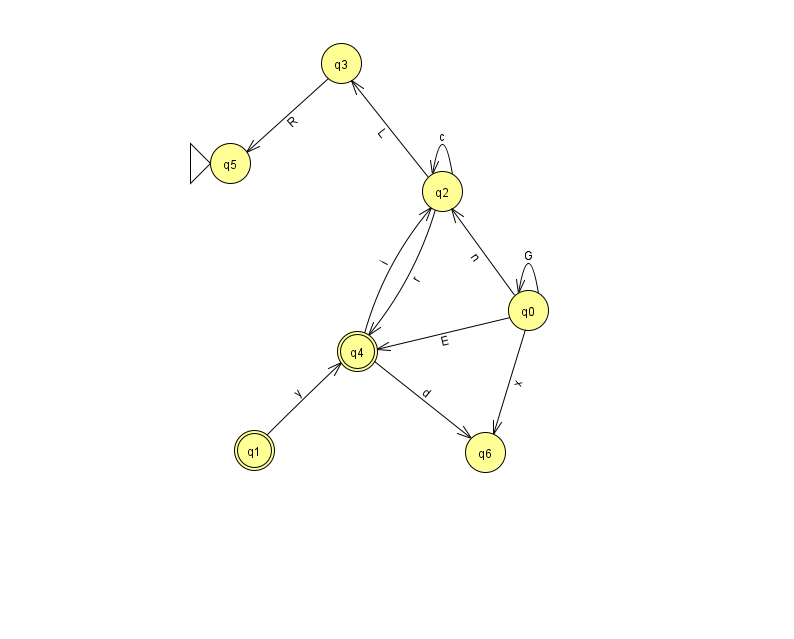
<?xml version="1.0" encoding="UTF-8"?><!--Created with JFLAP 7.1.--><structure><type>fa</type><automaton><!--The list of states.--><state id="0" name="q0"><x>528.0</x><y>297.0</y></state><state id="1" name="q1"><x>254.0</x><y>437.0</y><final/></state><state id="2" name="q2"><x>442.0</x><y>178.0</y></state><state id="3" name="q3"><x>341.0</x><y>50.0</y></state><state id="4" name="q4"><x>357.0</x><y>338.0</y><final/></state><state id="5" name="q5"><x>230.0</x><y>150.0</y><initial/></state><state id="6" name="q6"><x>485.0</x><y>439.0</y></state><!--The list of transitions.--><transition><from>0</from><to>2</to><read>n</read></transition><transition><from>2</from><to>2</to><read>c</read></transition><transition><from>2</from><to>4</to><read>r</read></transition><transition><from>0</from><to>0</to><read>G</read></transition><transition><from>1</from><to>4</to><read>y</read></transition><transition><from>3</from><to>5</to><read>R</read></transition><transition><from>4</from><to>6</to><read>d</read></transition><transition><from>2</from><to>3</to><read>L</read></transition><transition><from>0</from><to>4</to><read>E</read></transition><transition><from>4</from><to>2</to><read>i</read></transition><transition><from>0</from><to>6</to><read>x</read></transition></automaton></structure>